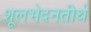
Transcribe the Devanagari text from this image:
शूलभेदनतीर्थ